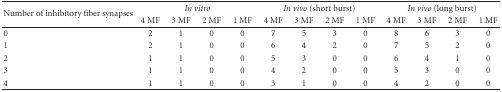
| <ROWSPAN=2> Number of inhibitory fiber synapses | <COLSPAN=4> In vitro | <COLSPAN=4> In vivo (short burst) | <COLSPAN=4> In vivo (long burst) |
 | 4 MF | 3 MF | 2 MF | 1 MF | 4 MF | 3 MF | 2 MF | 1 MF | 4 MF | 3 MF | 2 MF | 1 MF |
 | --- | --- | --- | --- | --- | --- | --- | --- | --- | --- | --- | --- | --- |
 | 0 | 2 | 1 | 0 | 0 | 7 | 5 | 3 | 0 | 8 | 6 | 3 | 0 |
 | 1 | 2 | 1 | 0 | 0 | 6 | 4 | 2 | 0 | 7 | 5 | 2 | 0 |
 | 2 | 1 | 1 | 0 | 0 | 5 | 3 | 0 | 0 | 6 | 4 | 1 | 0 |
 | 3 | 1 | 1 | 0 | 0 | 4 | 2 | 0 | 0 | 5 | 3 | 0 | 0 |
 | 4 | 1 | 1 | 0 | 0 | 3 | 1 | 0 | 0 | 4 | 2 | 0 | 0 |